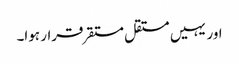
اور یہیں مستقل مستقر قرار ہوا۔